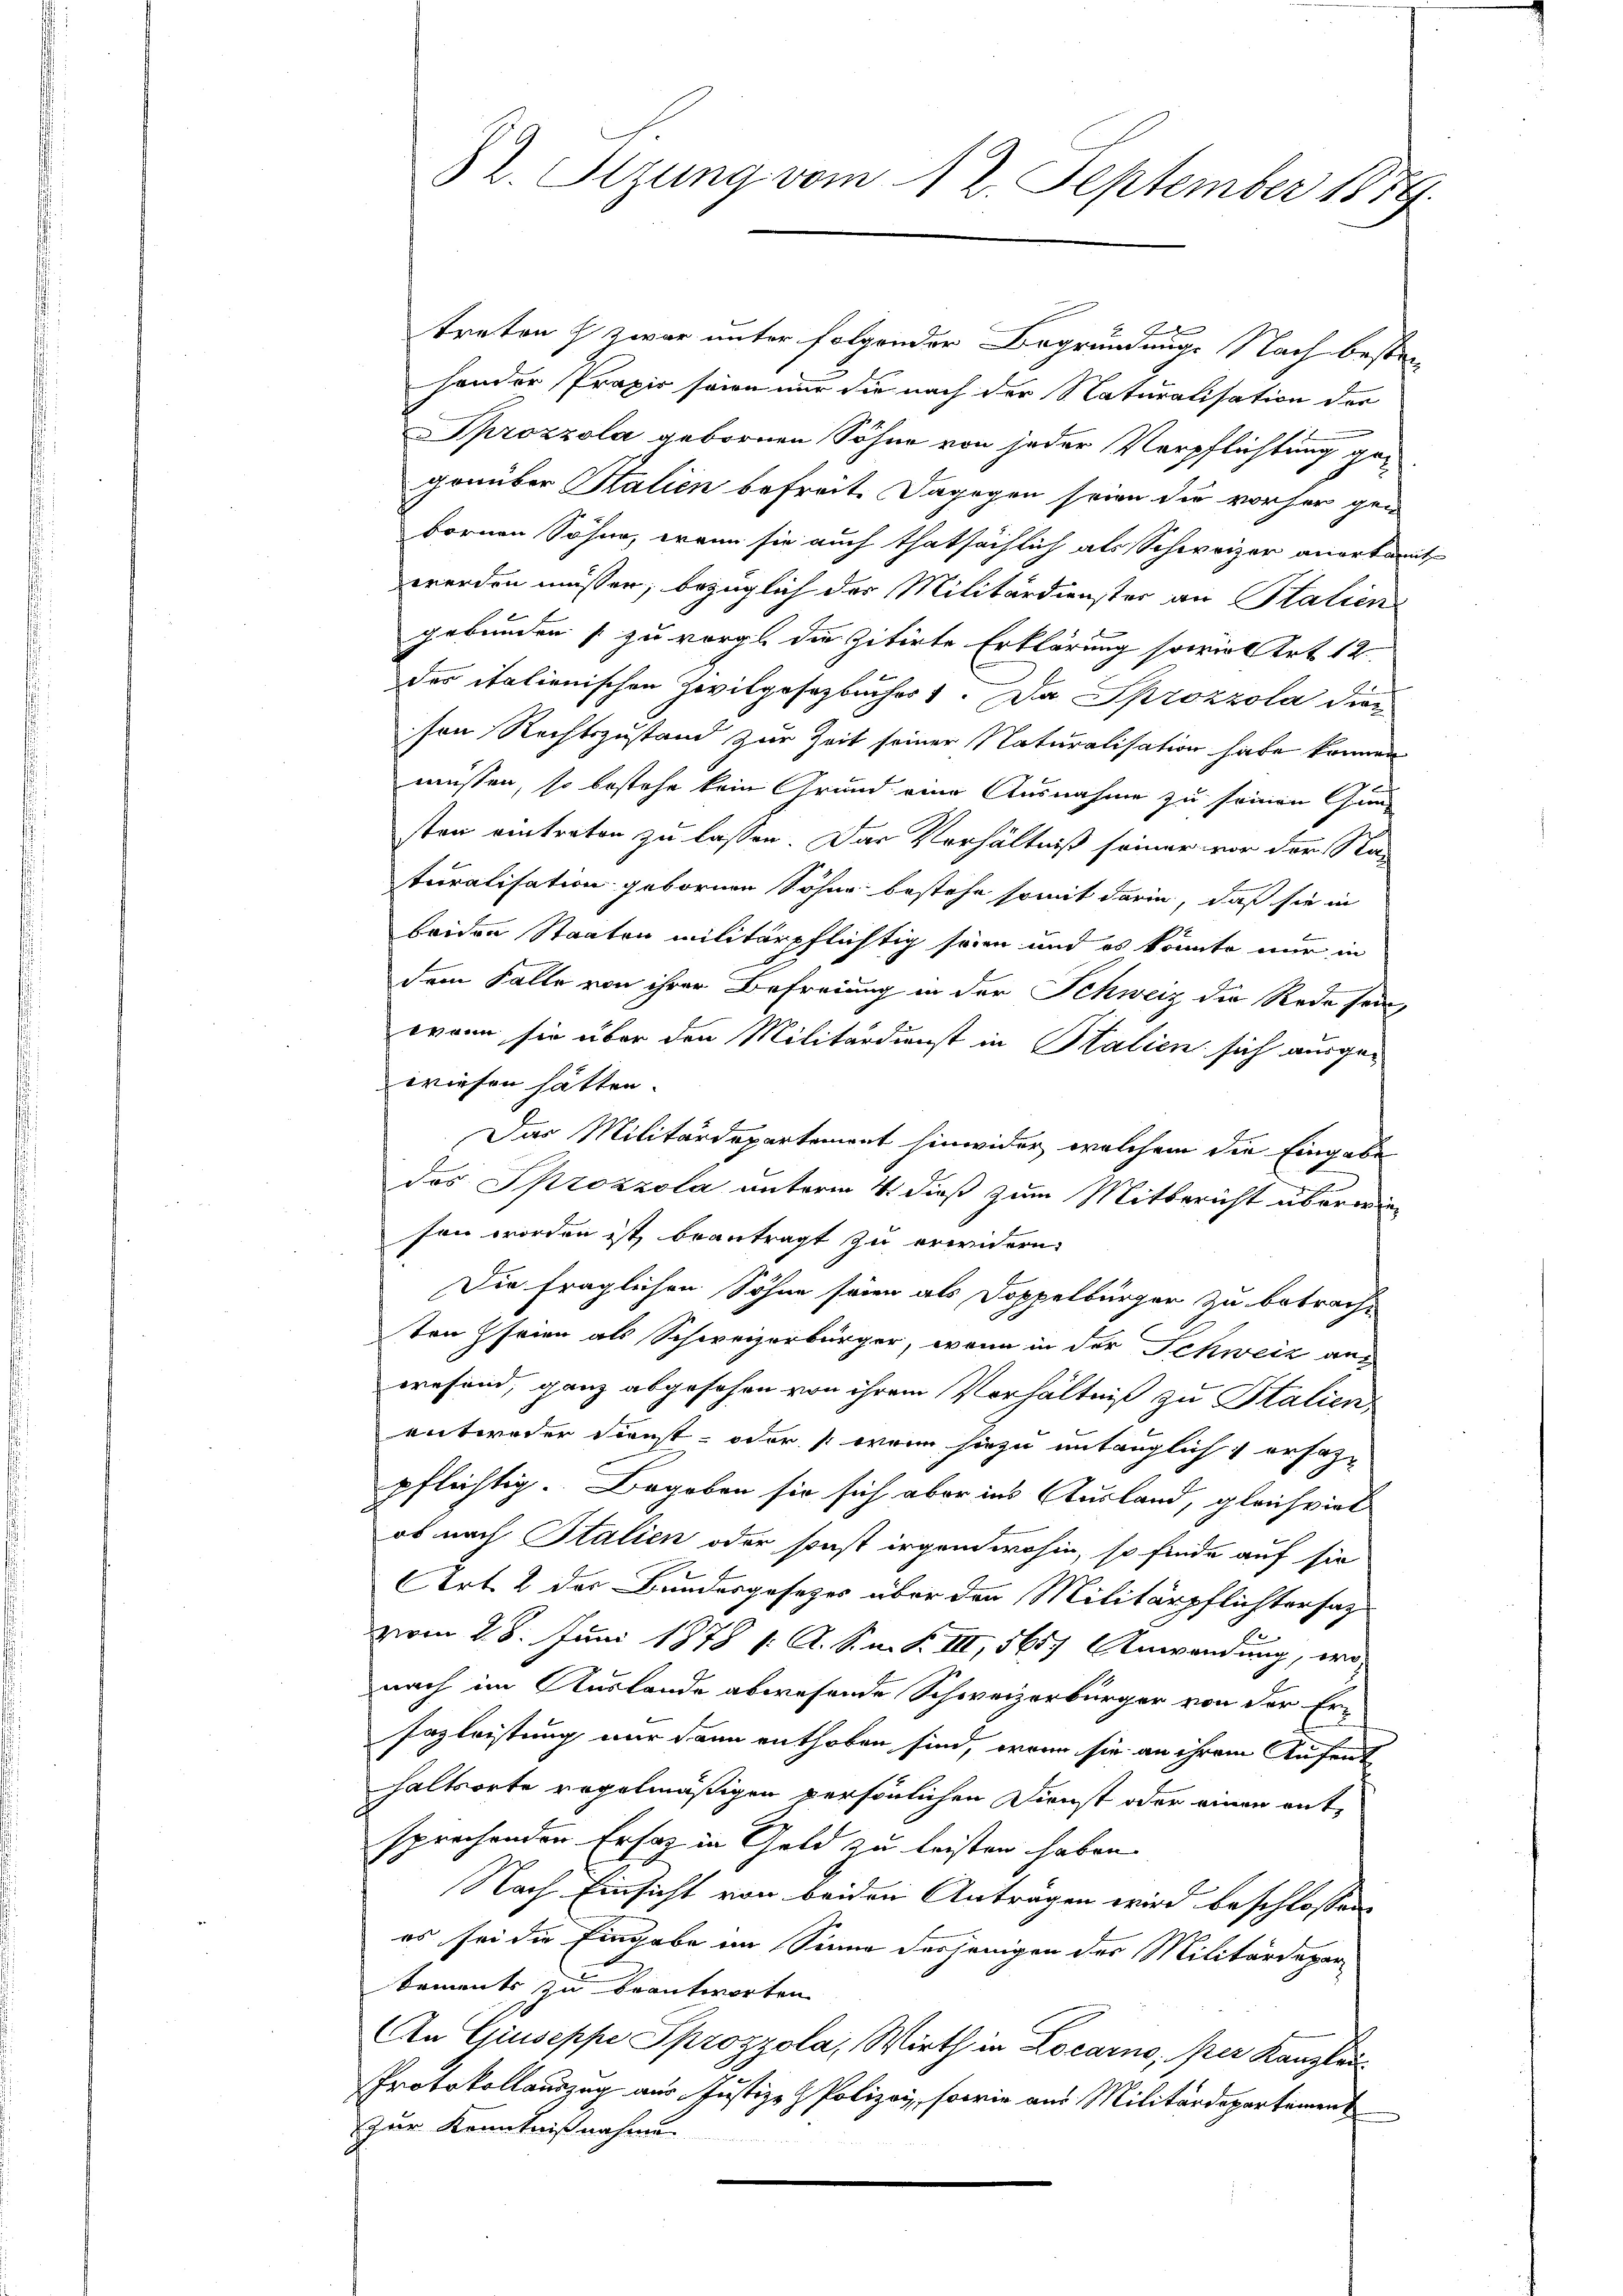
82. Sizung vom 12. September 1879.

h
traten & zwar unter folgender Begründungs Nach besten
sonder Praxis sein nur die nach der Naturalisation der
Sprozzola gebornen Söhne von jeder Verpflichtung gegenüber Stalien befreit. Dagegen seien die vorher gen
bornen Söhne, wenn sie auch thatsächlich als Schweizer anerkannt,
werden müssen, bezüglich der Militärdienster an Stalien
gebunden zu vorge die zitirte Erklärung sowie Art. 12.
des italienischen Zivilposozbuches 1. Da Spzozzola dien
sen Rechtszustand zur Zeit seiner Naturalisation habe können
müssen, so bestehe kein Grund eine Ausnahme zu seinen Gun-
ston eintreten zu lassen. Das Verhältniß seiner vor der Sta-
turalisation gebornen Söhne bestehe somit darin, daß sie in
beiden Staaten militärpflichtig seien und es könnte nur in
dem Falle von ihrer Befreiung in der Schweiz die Rede sein,
wann sie über den Militärdienst in Halien sich ausge-
wiesen hätten.
Der Militärdepartement hinwider, welchem die Eingabe
das Sprozzola unterm 4. dieß zum Mitbericht überwieson worden ist, beantragt zu erwidern.
Die fraglichen Söhne seien als Doppelbürger zu betracht
ton seien als Schweizerbürger, wenn in der Schweiz aus
wesend, ganz abgesehen von ihrem Verhältniß zu Stalien
entweder Dienst- oder wenn hiezu untauglich ersezpflichtig. Begeben sie sich aber ins Ausland, gleichviel
ob nach Italien oder sonst irgen wohin, so finde auf sie
AArt. 2 des Bundesgesetzes über den Militärpflichtersag
vom 28. Juni 1878 1. A. S. m. S. III, 565 Anwendung, wo
nach im Auslande abwesende Schweizerbürger von der Er¬
Fazleistung nur dann enthoben sind, wenn sie an ihrem Aufent
haltsorte regelmäßigen persönlichen Dienst oder einen entsprochenden Ersaz in Geld zu leisten haben.
Nach Einsicht von beiden Anträgen wird beschlossen
es sei die Eingabe im Sinne desjenigen der Militärdepar
koments zu beantworten
An Giuseppe Sprozzola, Wirth in Locarno, per Kanzlei
Protokollauszug aus Justiz- & Polizei, sowie aus Militärdepartement
zur Kenntnißnahme

2